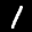
Label: 1